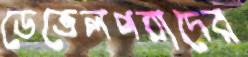
ডেভেলপরাদের